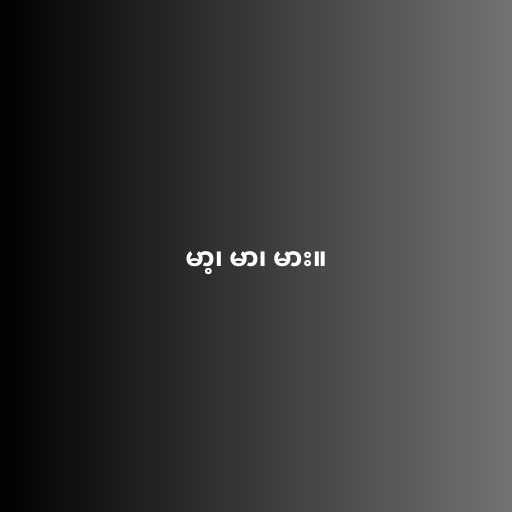
မာ့၊ မာ၊ မား။